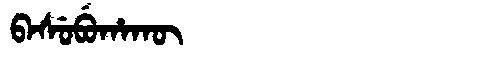
Manchu: ᠪᠠᠰᡠᠪᡠᡥᠠᡴᡡ
Romanization: BASUBUHAKŪ